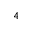
4